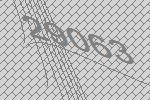
29063